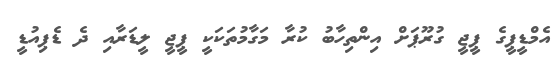
އެމްޑީޕީގެ ޕީޖީ ގުރޫޕަށް އިންތިހާބު ކުރާ މަގާމުތަކަކީ ޕީޖީ ލީޑަރާއި ދެ ޑެޕިއުޑީ